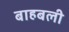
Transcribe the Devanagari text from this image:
बाहबली